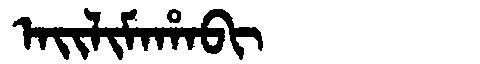
Manchu: ᠠᡳᠯᡳᠮᠠᡥᠠᠪᡳ
Romanization: AILIMAHABI